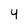
Character: 4